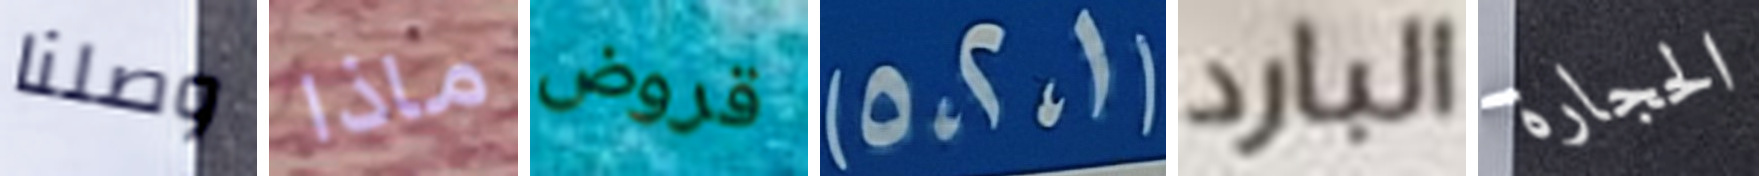
وصلنا ماذا قروض (1،2،5) البارد الحجارة